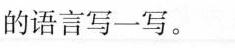
的语言写一写。